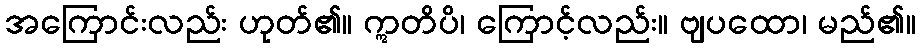
အကြောင်းလည်း ဟုတ်၏။ ဣတိပိ၊ ကြောင့်လည်း။ ဗျပထော၊ မည်၏။